Proceedings of the meeting of veterinary officers in India
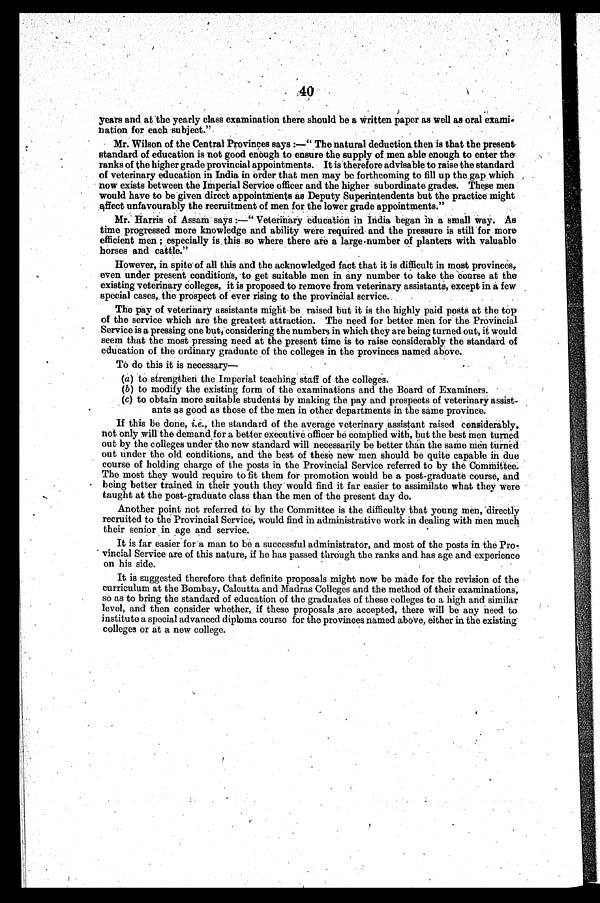
40
years and at the yearly class examination there should be a written paper as well as oral exami-
nation for each subject."
Mr. Wilson of the Central Provinces says:—"The natural deduction then is that the present
standard of education is not good enough to ensure the supply of men able enough to enter the
ranks of the higher grade provincial appointments. It is therefore advisable to raise the standard
of veterinary education in India in order that men may be forthcoming to fill up the gap which
now exists between the Imperial Service officer and the higher subordinate grades. These men
would have to be given direct appointments as Deputy Superintendents but the practice might
affect unfavourably the recruitment of men for the lower grade appointments."
Mr. Harris of Assam says:—"Veterinary education in India began in a small way. As
time progressed more knowledge and ability were required and the pressure is still for more
efficient men; especially is this BO where there are a large number of planters with valuable
horses and cattle."
However, in spite of all this and the acknowledged fact that it is difficult in most provinces,
oven under present conditions, to get suitable men in any number to take the course at the
existing veterinary colleges, it is proposed to remove from veterinary assistants, except in a few
special cases, the prospect of ever rising to the provincial service.
The pay of veterinary assistants might bo raised but it is the highly paid posts at the top
of the service which are the greatest attraction. The need for better men for the Provincial
Service is a pressing one but, considering the numbers in which they are being turned out, it would
seem that the most pressing need at the present time is to raise considerably the standard of
education of the ordinary graduate of the colleges in the provinces named above.
To do this it is necessary—
(a) to strengthen the Imperial teaching staff of the colleges.
(b) to modify the existing form of the examinations and the Board of Examiners.
(c) to obtain more suitable students by making the pay and prospects of veterinary assist-
ants as good as those of the men in other departments in the same province.
If this be done, i.e., the standard of the average veterinary assistant raised considerably,
not only will the demand for a better executive officer be complied with, but the best men turned
out by the colleges under the new standard will necessarily be better than the same men turned
out under the old conditions, and the best of these new men should be quite capable in duo
course of holding charge of the posts in the Provincial Service referred to by the Committee.
The most they would require to fit them for promotion would be a post-graduate course, and
being better trained in their youth they would find it far easier to assimilate what they were
taught at the post-graduate class than the men of the present day do.
Another point not referred to by the Committee is the difficulty that young men, directly
recruited to the Provincial Service, would find in administrative work in dealing with men much
their senior in age and service.
It is far easier for a man to be a successful administrator, and most of the posts in the Pro-
vincial Service are of this nature, if he has passed through the ranks and has age and experience
on his side.
It is suggested therefore that definite proposals might now bo made for the revision of the
curriculum at the Bombay, Calcutta and Madras Colleges and the method of their examinations,
so as to bring the standard of education of the graduates of these colleges to a high and similar
level, and then consider whether, if these proposals are accepted, there will be any need to
institute a special advanced diploma course for the provinces named above, either in the existing
colleges or at a new college.